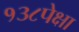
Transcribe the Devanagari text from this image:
१३८पेक्षा